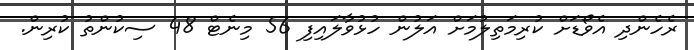
ރެހެންދި އެވޯޑަށް ކުރިމަތިލުމަށް އަލުން ހުޅުވާލައިފި 56 މިނެޓް 48 ސިކުންތު ކުރިން.